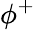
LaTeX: \phi^{+}